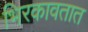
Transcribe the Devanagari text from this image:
भिरकावतात